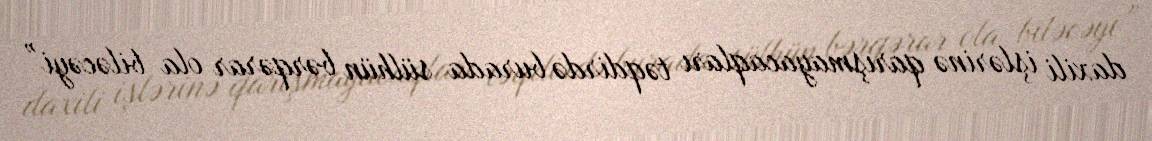
daxili işlərinə qarışmayacaqları təqdirdə burada sülhün bərqərar ola biləcəyi”